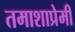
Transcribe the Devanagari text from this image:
तमाशाप्रेमी